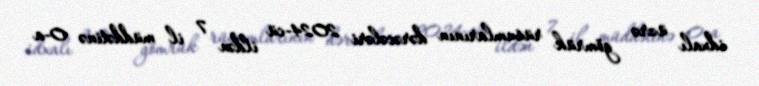
idxalı üzrə gömrük rüsumlarının dərəcələri 2024-cü ildən 7 il müddətinə 0-a